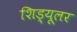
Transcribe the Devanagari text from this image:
शिड्यूलर